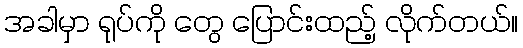
အခါမှာ ရုပ်ကို တွေ ပြောင်းထည့် လိုက်တယ်။